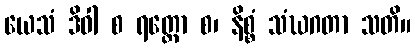
ယေသံ ဒိဝါ စ ရတ္တော စ၊ နိစ္စံ သံဃဂတာ သတိ။